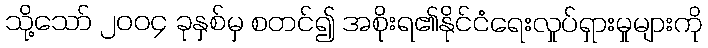
သို့သော် ၂၀၀၄ ခုနှစ်မှ စတင်၍ အစိုးရ၏နိုင်ငံရေးလှုပ်ရှားမှုများကို